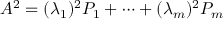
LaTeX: A ^ { 2 } = ( \lambda _ { 1 } ) ^ { 2 } P _ { 1 } + \cdots + ( \lambda _ { m } ) ^ { 2 } P _ { m }